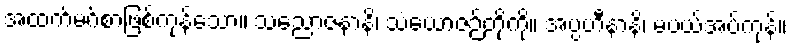
အထက်မဂ်စာဖြစ်ကုန်သော။ သညောဇနာနိ၊ သံယောဇဉ်တို့ကို။ အပ္ပဟီနာနိ၊ မပယ်အပ်ကုန်။